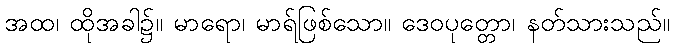
အထ၊ ထိုအခါ၌။ မာရော၊ မာရ်ဖြစ်သော။ ဒေဝပုတ္တော၊ နတ်သားသည်။